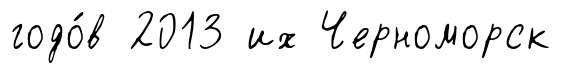
годо́в 2013 их Черноморск